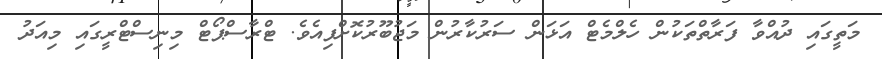
މަތީގައި ދުއްވާ ފަރާތްތަކުން ހެލްމެޓް އަޅަން ސަރުކާރުން މަޖުބޫރުކޮށްފިއެވެ. ޓްރާސްޕޯޓް މިނިސްޓްރީގައި މިއަދު